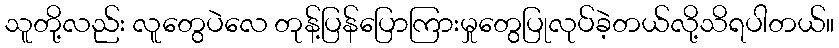
သူတို့လည်း လူတွေပဲလေ တုန့်ပြန်ပြောကြားမှုတွေပြုလုပ်ခဲ့တယ်လို့သိရပါတယ်။